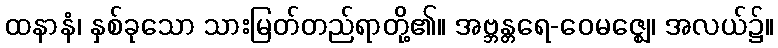
ထနာနံ၊ နှစ်ခုသော သားမြတ်တည်ရာတို့၏။ အဗ္ဘန္တရေ-ဝေမဇ္ဈေ၊ အလယ်၌။